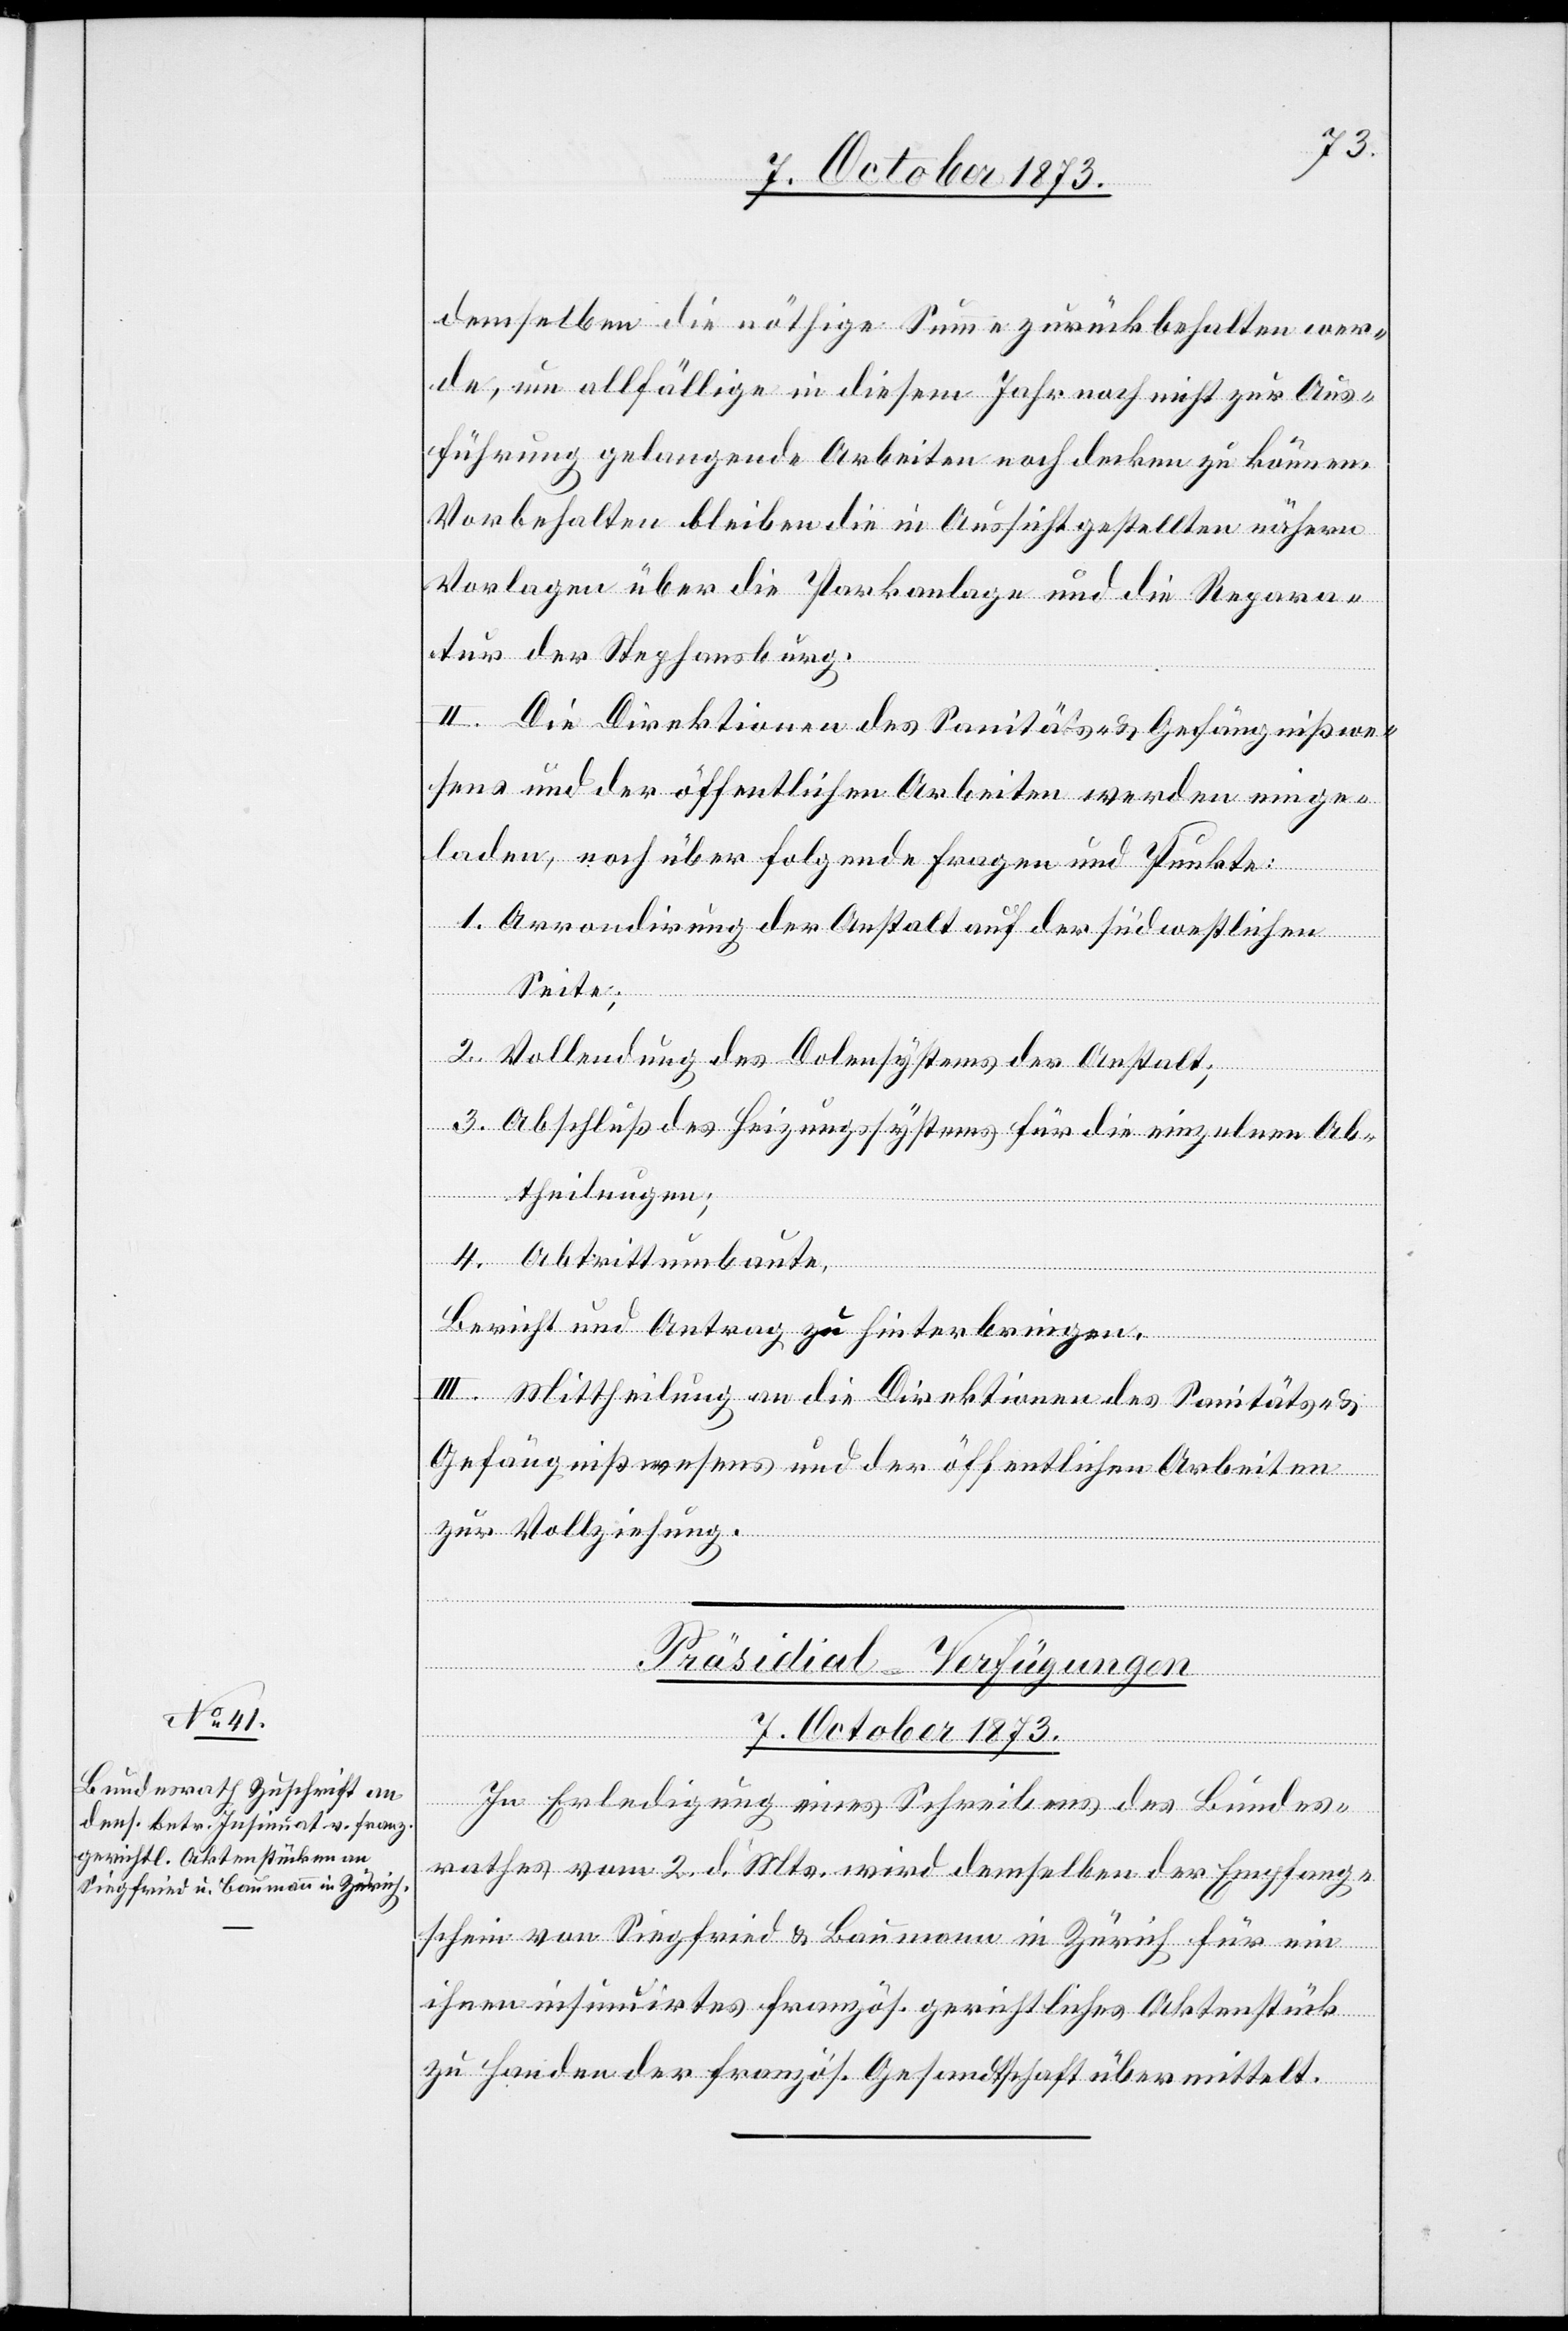
7. October 1873.
demselben die nöthige Summe zurückbehalten wer¬
de, um allfällige in diesem Jahr noch nicht zur Aus¬
führung gelangende Arbeiten noch decken zu können.
Vorbehalten bleiben die in Aussicht gestellten nähern
Vorlagen über die Parkanlage und die Repara¬
tur der Stephansburg.
II. Die Direktionen des Sanitäts- & Gefängnißwe¬
sens und der öffentlichen Arbeiten werden einge¬
laden, noch über folgende Fragen und Punkte:
1. Arrondirung der Anstalt auf der südwestlichen
Seite;
2. Vollendung des Dolensystems der Anstalt;
3. Abschluß des Heizungssystems für die einzelnen Ab¬
theilungen;
4. Abtrittumbaute,
Bericht und Antrag zu hinterbringen.
III. Mittheilung an die Direktionen des Sanitäts- &
Gefängnißwesens und der öffentlichen Arbeiten
zur Vollziehung.
Präsidial-Verfügungen
In Erledigung eines Schreibens des Bundes¬
rathes vom 2. d. Mts. wird demselben der Empfang¬
schein von Siegfried & Baumann in Zürich für ein
ihnen insinuirtes französ. gerichtliches Aktenstück
zu Handen der französ. Gesandtschaft übermittelt.